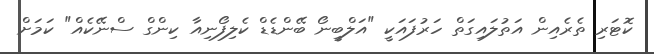
ކޮޓަރި ތެރެއިން އަތުލައިގަތް ހަރުފައަކީ "އަލްބީނޯ ބޭންޑެޑް ކެލިފޯނިއާ ކިންގް ސްނޭކެއް" ކަމަށް